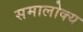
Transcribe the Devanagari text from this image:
समालोक्य